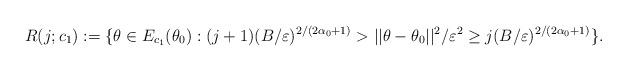
LaTeX: \begin{align*}R(j;c_{1}):=\{\theta\in E_{c_{1}}(\theta_{0}): (j+1)( B / \varepsilon)^{2/(2\alpha_{0}+1)}> ||\theta-\theta_{0}||^{2} / \varepsilon^{2} \geq j ( B / \varepsilon)^{2/(2\alpha_{0}+1)} \}.\end{align*}